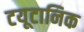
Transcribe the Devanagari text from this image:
टयूटानिक